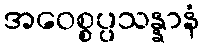
အဝေစ္စပ္ပသန္နာနံ